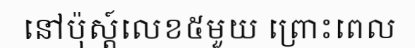
នៅប៉ុស្ត៍លេខ៥មួយ ព្រោះពេល